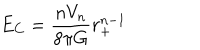
E _ { C } = \frac { n V _ { n } } { 8 \pi G } r _ { + } ^ { n - 1 }